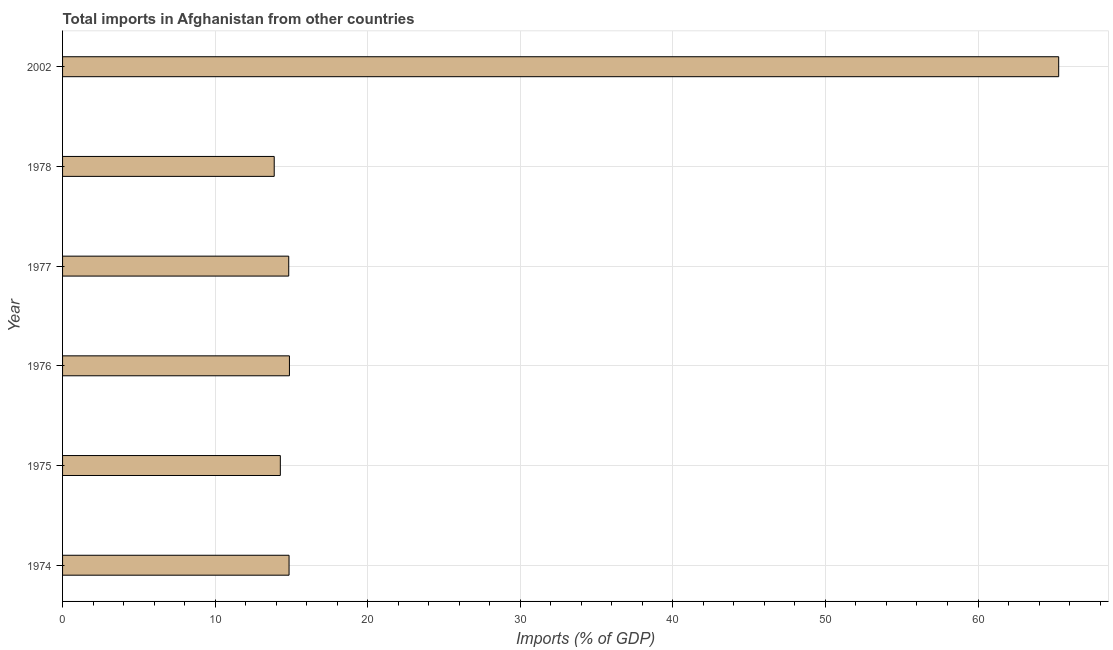
| Year | Imports |
 | --- | --- |
 | 1974 | 14.8 |
 | 1975 | 14.3 |
 | 1976 | 14.9 |
 | 1977 | 14.8 |
 | 1978 | 13.9 |
 | 2002 | 65.3 |